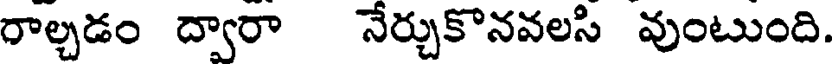
రాల్చడం ద్వారా నేర్చుకొనవలసి వుంటుంది.